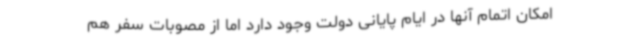
امکان اتمام آنها در ایام پایانی دولت وجود دارد اما از مصوبات سفر هم